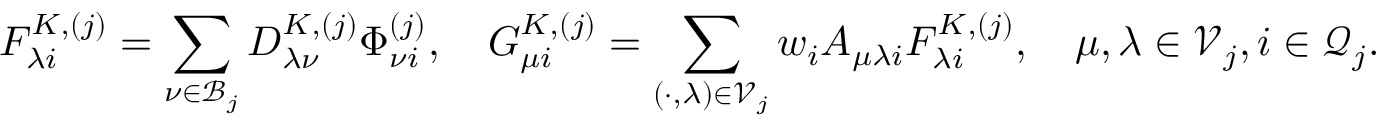
F _ { \lambda i } ^ { K , ( j ) } = \sum _ { \nu \in \mathcal { B } _ { j } } D _ { \lambda \nu } ^ { K , ( j ) } \Phi _ { \nu i } ^ { ( j ) } , \quad G _ { \mu i } ^ { K , ( j ) } = \sum _ { ( \cdot , \lambda ) \in \mathcal { V } _ { j } } w _ { i } A _ { \mu \lambda i } F _ { \lambda i } ^ { K , ( j ) } , \quad \mu , \lambda \in \mathcal { V } _ { j } , i \in \mathcal { Q } _ { j } .